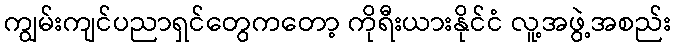
ကျွမ်းကျင်ပညာရှင်တွေကတော့ ကိုရီးယားနိုင်ငံ လူ့အဖွဲ့အစည်း